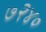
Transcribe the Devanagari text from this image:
७२४०